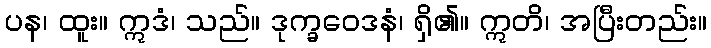
ပန၊ ထူး။ ဣဒံ၊ သည်။ ဒုက္ခဝေဒနံ၊ ရှိ၏။ ဣတိ၊ အပြီးတည်း။